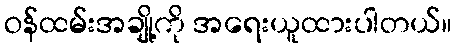
ဝန်ထမ်းအချို့ကို အရေးယူထားပါတယ်။